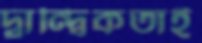
দ্বান্দ্বিকতাই